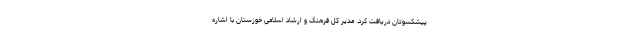
پیشکسوتان دریافت کرد. مدیر کل فرهنگ و ارشاد اسلامی خوزستان با اشاره